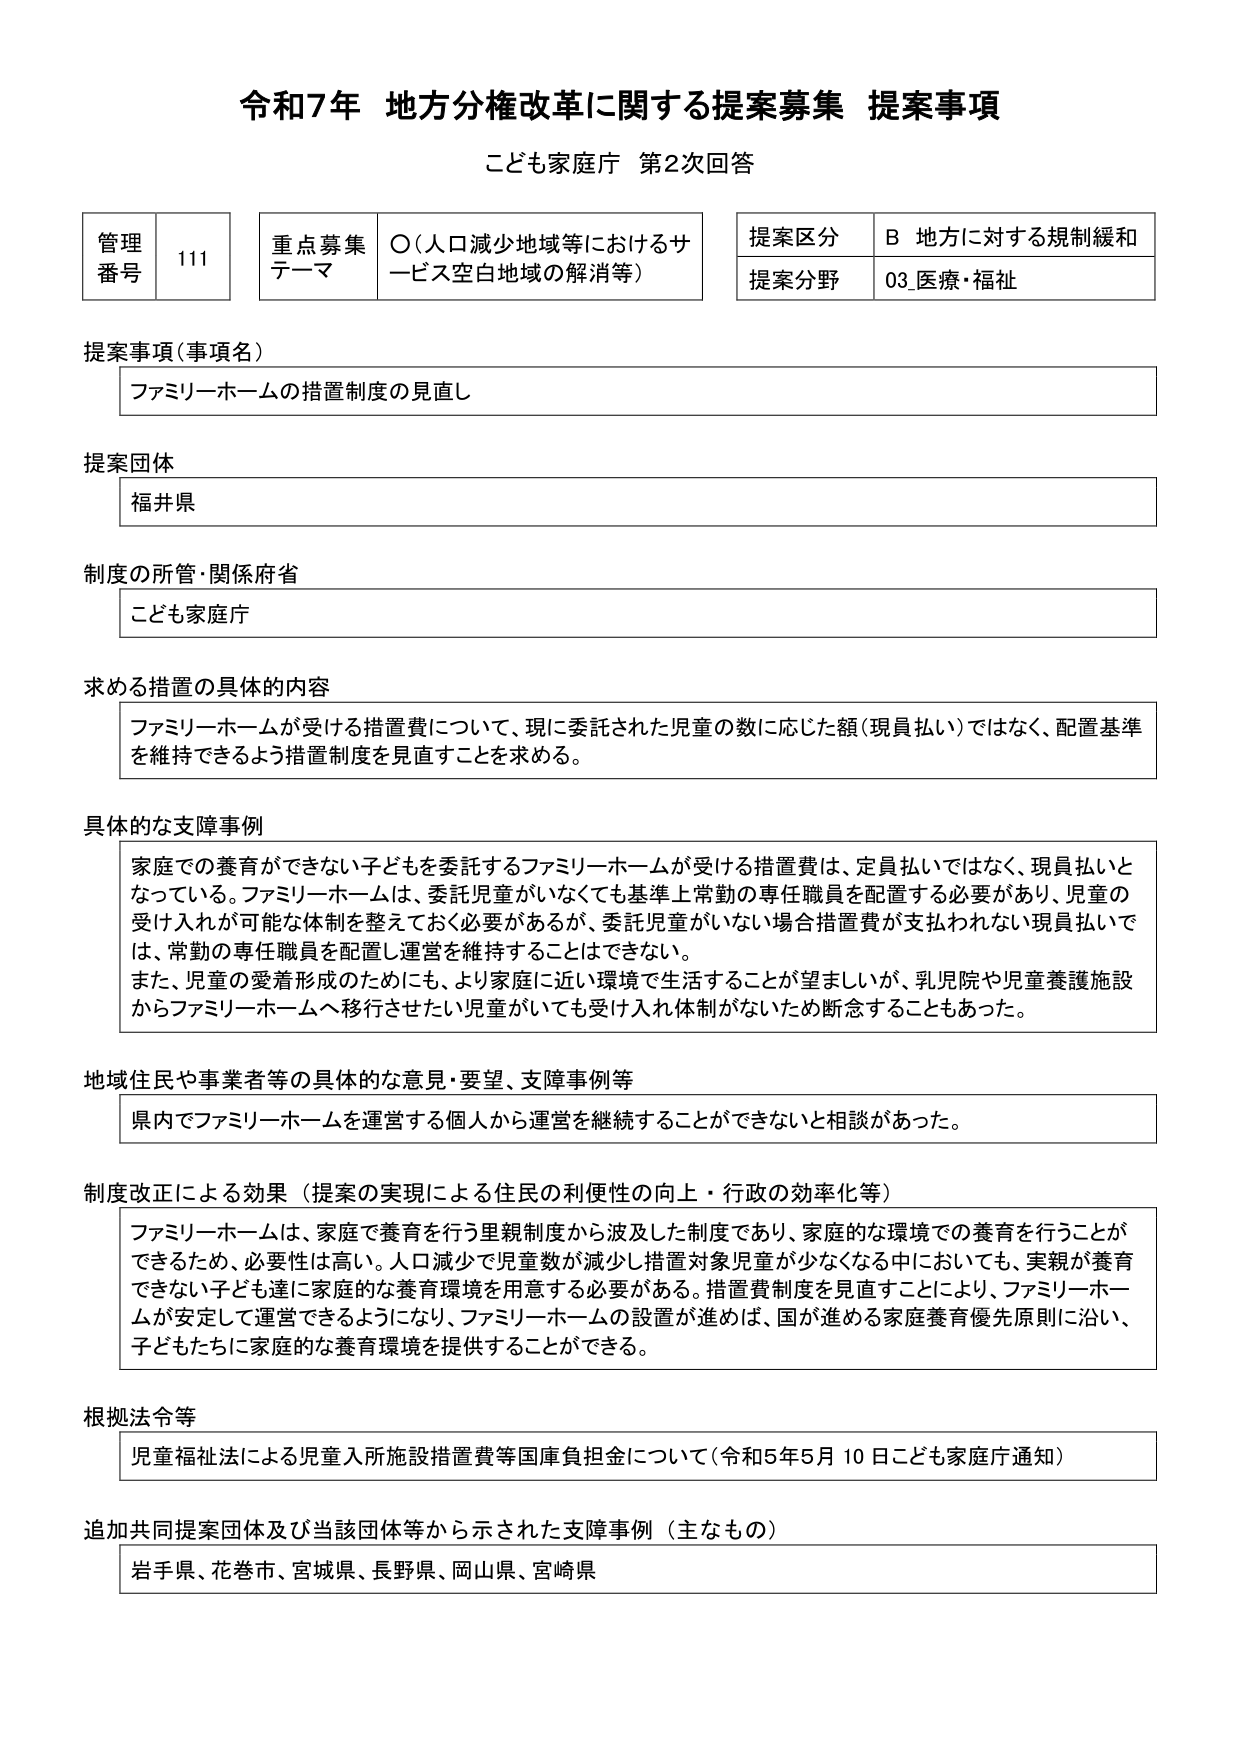
令和7年 地方分権改革に関する提案募集 提案事項
こども家庭庁 第2次回答

管理番号 111
重点募集テーマ ○（人口減少地域等におけるサービス空白地域の解消等）
提案区分 B 地方に対する規制緩和
提案分野 03_医療・福祉

提案事項（事項名）
ファミリーホームの措置制度の見直し

提案団体
福井県

制度の所管・関係府省
こども家庭庁

求める措置の具体的内容
ファミリーホームが受ける措置費について、現に委託された児童の数に応じた額（現員払い）ではなく、配置基準を維持できるよう措置制度を見直すことを求める。

具体的な支障事例
家庭での養育ができない子どもを委託するファミリーホームが受ける措置費は、定員払いではなく、現員払いとなっている。ファミリーホームは、委託児童がいなくても基準上常勤の専任職員を配置する必要があり、児童の受け入れが可能な体制を整えておく必要があるが、委託児童がいない場合措置費が支払われない現員払いでは、常勤の専任職員を配置し運営を維持することはできない。
また、児童の愛着形成のためにも、より家庭に近い環境で生活することが望ましいが、乳児院や児童養護施設からファミリーホームへ移行させたい児童がいても受け入れ体制がないため断念することもあった。

地域住民や事業者等の具体的な意見・要望、支障事例等
県内でファミリーホームを運営する個人から運営を継続することができないと相談があった。

制度改正による効果（提案の実現による住民の利便性の向上・行政の効率化等）
ファミリーホームは、家庭で養育を行う里親制度から波及した制度であり、家庭的な環境での養育を行うことができるため、必要性は高い。人口減少で児童数が減少し措置対象児童が少なくなる中においても、実親が養育できない子ども達に家庭的な養育環境を用意する必要がある。措置費制度を見直すことにより、ファミリーホームが安定して運営できるようになり、ファミリーホームの設置が進めば、国が進める家庭養育優先原則に沿い、子どもたちに家庭的な養育環境を提供することができる。

根拠法令等
児童福祉法による児童入所施設措置費等国庫負担金について（令和5年5月10日こども家庭庁通知）

追加共同提案団体及び当該団体等から示された支障事例（主なもの）
岩手県、花巻市、宮城県、長野県、岡山県、宮崎県